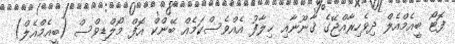
ފޮޓޯ ބީއެމްއެލް ދިވެހިރާއްޖޭގެ ޤާނޫނާއި ޚިލާފު އެއްވެސްކަމެއް ބޭންކް އޮފް މޯލްޑިވްސް (ބީއެމްއެލް)